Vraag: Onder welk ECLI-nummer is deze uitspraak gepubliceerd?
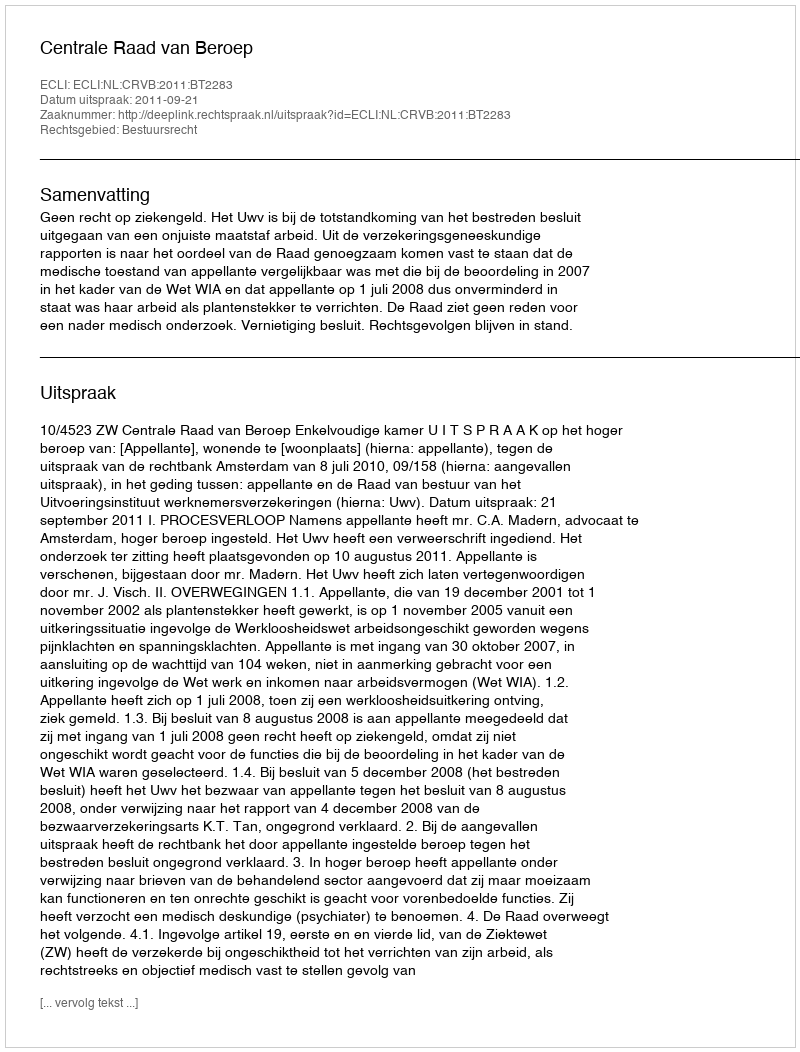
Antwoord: ECLI:NL:CRVB:2011:BT2283